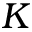
K